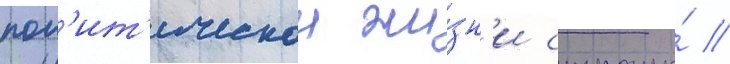
пол'ит'ическои жи́зн'и страны́ //